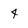
Character: 4